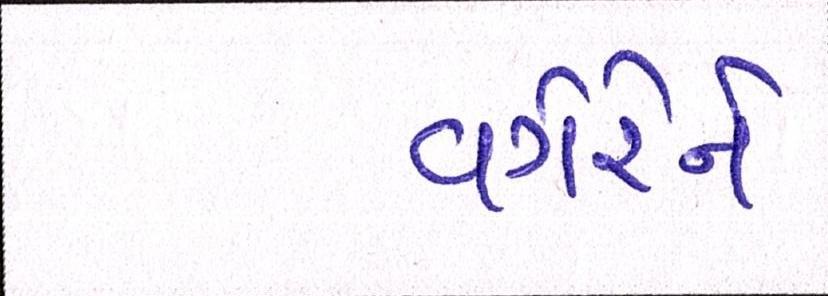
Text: વગેરેને